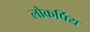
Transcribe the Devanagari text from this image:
लोकर्पिय